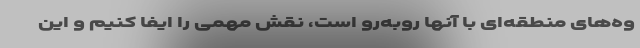
وه‌های منطقه‌ای با آنها روبه‌رو است،‌ نقش مهمی را ایفا کنیم و این